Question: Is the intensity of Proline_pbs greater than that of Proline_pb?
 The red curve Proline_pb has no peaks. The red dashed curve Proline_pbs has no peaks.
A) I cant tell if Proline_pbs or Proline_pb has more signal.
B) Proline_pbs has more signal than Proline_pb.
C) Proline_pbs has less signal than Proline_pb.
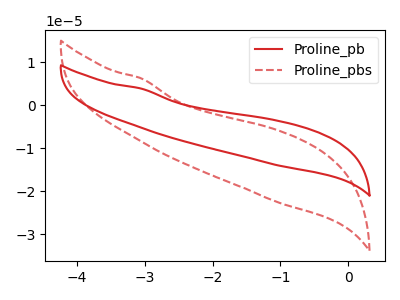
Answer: <think>Neither "Proline_pbs" or "Proline_pb" have any peaks.
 </think>
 <answer>A) I cant tell if "Proline_pbs" or "Proline_pb" has more signal.</answer>
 <eval>A</eval>